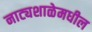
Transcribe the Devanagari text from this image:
नाट्यशाळेमधील